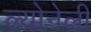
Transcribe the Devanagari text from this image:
ल्योनेली